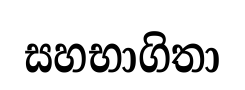
සහභාගිතා